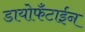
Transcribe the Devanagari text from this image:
डायोफँटाईन